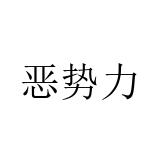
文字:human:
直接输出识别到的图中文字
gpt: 恶势力